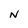
Character: N